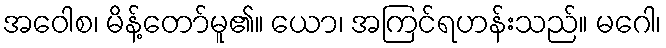
အဝေါစ၊ မိန့်တော်မူ၏။ ယော၊ အကြင်ရဟန်းသည်။ မဂေါ၊